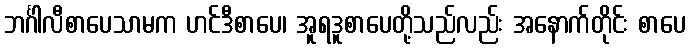
ဘင်္ဂါလီစာပေသာမက ဟင်ဒီစာပေ၊ အူရဒူစာပေတို့သည်လည်း အနောက်တိုင်း စာပေ